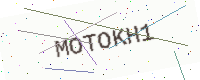
Text: MOTOKH1